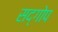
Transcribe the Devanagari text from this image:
सद्गोप